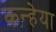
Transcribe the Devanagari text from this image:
कन्हेया